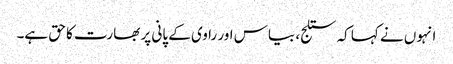
انہوں نے کہا کہ ستلج، بیاس اور راوی کے پانی پر بھارت کا حق ہے۔